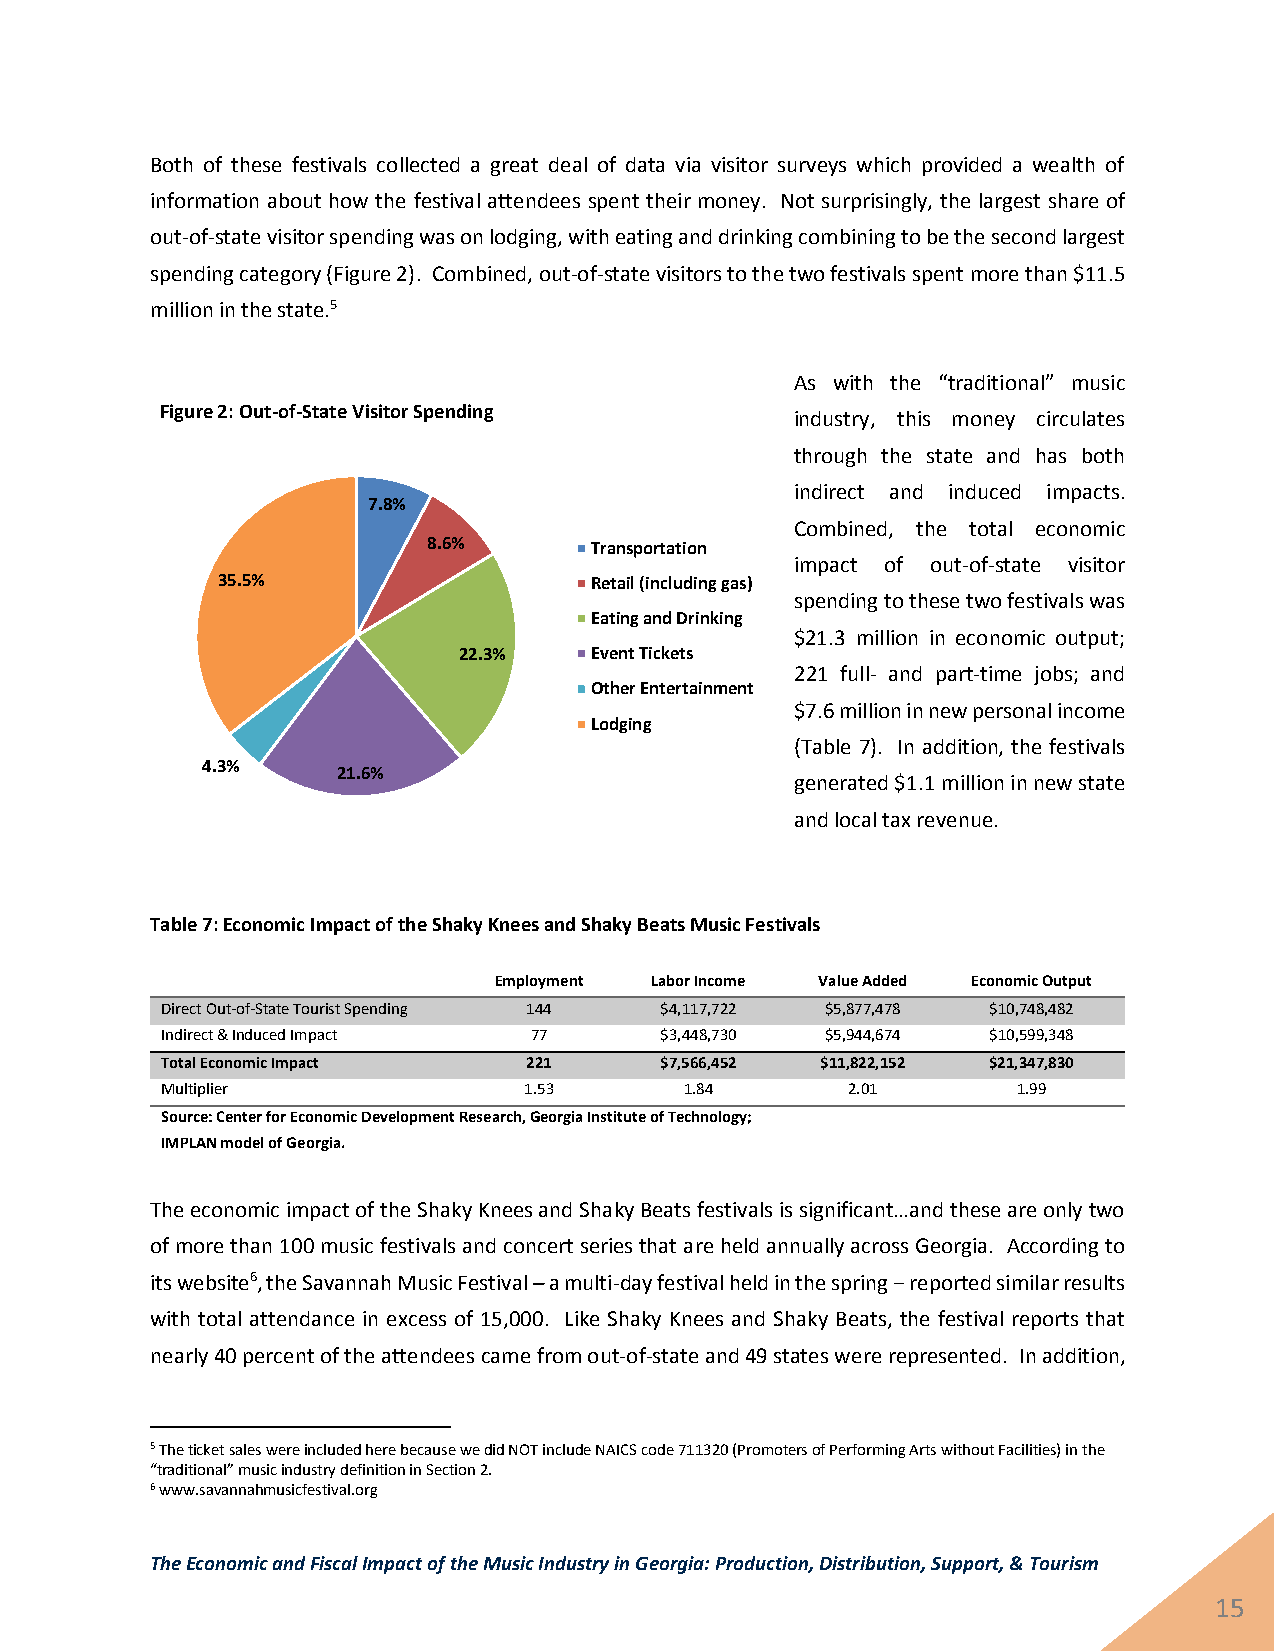
Both of these festivals collected a great deal of data via visitor surveys which provided a wealth of
 information about how the festival attendees spent their money. Not surprisingly, the largest share of
 out-of-state visitor spending was on lodging, with eating and drinking combining to be the second largest
 spending category (Figure 2). Combined, out-of-state visitors to the two festivals spent more than $11.5
 million in the state.5
 As with the “traditional” music
 Figure 2: Out-of-State Visitor Spending
 industry, this money circulates
 through the state and has both
 indirect and induced impacts.
 7.8%
 Combined, the total economic
 8.6%       Transportation
 impact of out-of-state visitor
 35.5%                    Retail (including gas)
 spending to these two festivals was
 Eating and Drinking
 $21.3 million in economic output;
 22.3%    Event Tickets
 221 full- and part-time jobs; and
 Other Entertainment
 $7.6 million in new personal income
 Lodging
 (Table 7). In addition, the festivals
 4.3%     21.6%
 generated $1.1 million in new state
 and local tax revenue.
 Table 7: Economic Impact of the Shaky Knees and Shaky Beats Music Festivals
 Employment Labor Income Value Added Economic Output
 Direct Out-of-State Tourist Spending 144 $4,117,722 $5,877,478 $10,748,482
 Indirect & Induced Impact 77     $3,448,730 $5,944,674 $10,599,348
 Total Economic Impact   221      $7,566,452 $11,822,152 $21,347,830
 Multiplier              1.53      1.84       2.01       1.99
 Source: Center for Economic Development Research, Georgia Institute of Technology;
 IMPLAN model of Georgia.
 The economic impact of the Shaky Knees and Shaky Beats festivals is significant…and these are only two
 of more than 100 music festivals and concert series that are held annually across Georgia. According to
 its website6, the Savannah Music Festival – a multi-day festival held in the spring − reported similar results
 with total attendance in excess of 15,000. Like Shaky Knees and Shaky Beats, the festival reports that
 nearly 40 percent of the attendees came from out-of-state and 49 states were represented. In addition,
 5 The ticket sales were included here because we did NOT include NAICS code 711320 (Promoters of Performing Arts without Facilities) in the
 “traditional” music industry definition in Section 2.
 6 www.savannahmusicfestival.org
 The Economic and Fiscal Impact of the Music Industry in Georgia: Production, Distribution, Support, & Tourism
 15